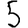
Digit: 5